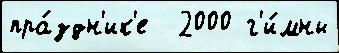
пра́здн'ик'е  2000 г'и́мны